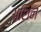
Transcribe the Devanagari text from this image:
अशिन